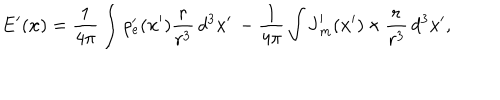
LaTeX: \mathbf { E } ^ { \prime } ( \mathbf { x } ) = \frac { 1 } { 4 \pi } \int \rho _ { e } ^ { \prime } ( \mathbf { x } ^ { \prime } ) \frac { \mathbf { r } } { r ^ { 3 } } \, d ^ { 3 } x ^ { \prime } \, - \frac { 1 } { 4 \pi } \int \mathbf { J } _ { m } ^ { \prime } ( \mathbf { x } ^ { \prime } ) \, { \bf \times } \, \frac { \mathbf { r } } { r ^ { 3 } } \, d ^ { 3 } x ^ { \prime } ,